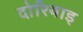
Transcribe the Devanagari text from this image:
दोरियाइ